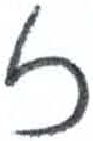
אות: ז